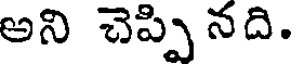
అని చెప్పి నది.